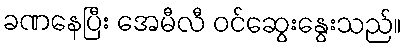
ခဏနေပြီး အေမီလီ ဝင်ဆွေးနွေးသည်။